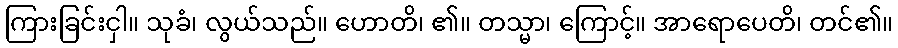
ကြားခြင်းငှါ။ သုခံ၊ လွယ်သည်။ ဟောတိ၊ ၏။ တသ္မာ၊ ကြောင့်။ အာရောပေတိ၊ တင်၏။